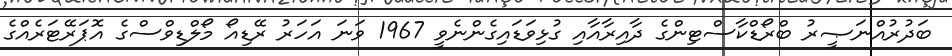
ބަދުރުއްނަޞީރު ބްރޯޑްކާސްޓިންގެ ދާއިރާއާއި ގުޅިވަޑައިގެންނެވީ 1967 ވަނަ އަހަރު ރޭޑިއޯ މޯލްޑިވްސްގެ އޮޕަރޭޓަރެއްގެ